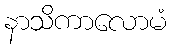
နာသိကာလောမံ